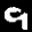
Label: 9